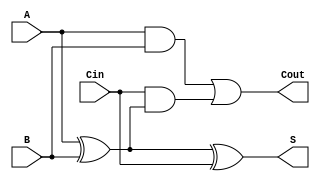
module tree_structured_full_adder (
    input  wire A,     // First input bit
    input  wire B,     // Second input bit
    input  wire Cin,   // Carry-in bit
    output wire S,     // Sum output
    output wire Cout   // Carry-out output
);

    // Intermediate signals
    wire Intermediate_Sum1;  // A  B
    wire Intermediate_Sum2;  // (A  B)  Cin
    wire Carry1;             // A AND B
    wire Carry2;             // Cin AND (A  B)

    // First level: sum calculation
    assign Intermediate_Sum1 = A ^ B;      // First XOR gate
    assign Intermediate_Sum2 = Intermediate_Sum1 ^ Cin; // Second XOR gate
    assign S = Intermediate_Sum2;          // Final sum output

    // First level: carry calculation
    assign Carry1 = A & B;                  // First AND gate
    assign Carry2 = Cin & Intermediate_Sum1; // Second AND gate

    // Second level: combine carry outputs
    assign Cout = Carry1 | Carry2;          // OR gate for carry-out

endmodule